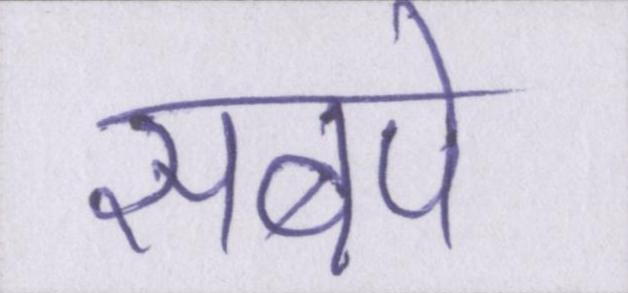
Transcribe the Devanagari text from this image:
सबपे